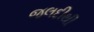
જલદીથી